Civil Veterinary Dept. North-West Frontier Province 1901-22 - 1901-1922
Year: 1901
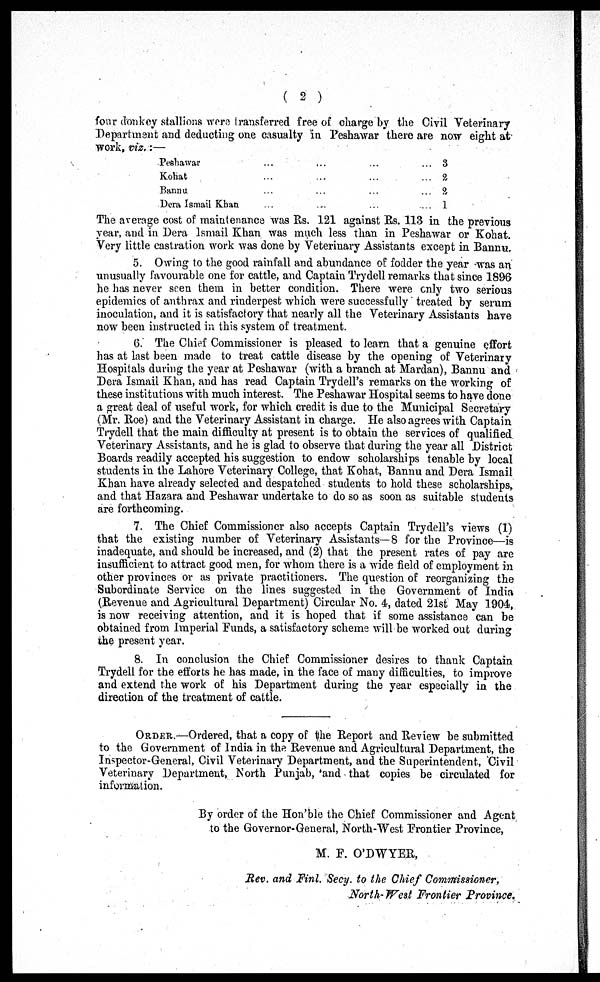
(2)
four donkey stallions were transferred free of charge by the Civil Veterinary
Department and deducting one casualty in Peshawar there are now eight at
work, viz.:—
Peshawar
Kohat
Bannu
Dera Ismail Khan
...
...
...
...
...
...
...
...
...
...
...
...
...
...
...
...
3
2
2
1
The average cost of maintenance was Rs. 121 against Rs. 113 in the previous
year, and in Dera Ismail Khan was much less than in Peshawar or Kohat.
Very little castration work was done by Veterinary Assistants except in Bannu.
5. Owing to the good rainfall and abundance of fodder the year was an
unusually favourable one for cattle, and Captain Trydell remarks that since 1896
he has never seen them in better condition. There were only two serious
epidemics of anthrax and rinderpest which were successfully treated by serum
inoculation, and it is satisfactory that nearly all the Veterinary Assistants have
now been instructed in this system of treatment.
6. The Chief Commissioner is pleased to learn that a genuine effort
has at last been made to treat cattle disease by the opening of Veterinary
Hospitals during the year at Peshawar (with a branch at Mardan), Bannu and
Dera Ismail Khan, and has read Captain Trydell's remarks on the working of
these institutions with much interest. The Peshawar Hospital seems to have done
a great deal of useful work, for which credit is due to the Municipal Secretary
(Mr. Roe) and the Veterinary Assistant in charge. He also agrees with Captain
Trydell that the main difficulty at present is to obtain the services of qualified
Veterinary Assistants, and he is glad to observe that during the year all District
Boards readily accepted his suggestion to endow scholarships tenable by local
students in the Lahore Veterinary College, that Kohat, Bannu and Dera Ismail
Khan have already selected and despatched students to hold these scholarships,
and that Hazara and Peshawar undertake to do so as soon as suitable students
are forthcoming.
7. The Chief Commissioner also accepts Captain Trydell's views (1)
that the existing number of Veterinary Assistants—8 for the Province—is
inadequate, and should be increased, and (2) that the present rates of pay are
insufficient to attract good men, for whom there is a wide field of employment in
other provinces or as private practitioners. The question of reorganizing the
Subordinate Service on the lines suggested in the Government of India
(Revenue and Agricultural Department) Circular No. 4, dated 21st May 1904,
is now receiving attention, and it is hoped that if some assistance can be
obtained from Imperial Funds, a satisfactory scheme will be worked out during
the present year.
8. In conclusion the Chief Commissioner desires to thank Captain
Trydell for the efforts he has made, in the face of many difficulties, to improve
and extend the work of his Department during the year especially in the
direction of the treatment of cattle.
ORDER.—Ordered, that a copy of the Report and Review be submitted
to the Government of India in the Revenue and Agricultural Department, the
Inspector-General, Civil Veterinary Department, and the Superintendent, Civil
Veterinary Department, North Punjab, and that copies be circulated for
information.
By order of the Hon'ble the Chief Commissioner and Agent
to the Governor-General, North-West Frontier Province,
M. F. O'DWYER,
Rev. and Finl. Secy. to the Chief Commissioner,
North-West Frontier Province.